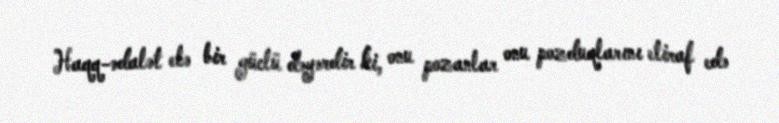
Haqq-ədalət elə bir güclü dəyərdir ki, onu pozanlar onu pozduqlarını etiraf edə